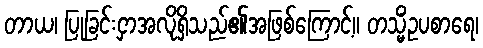
တာယ၊ ပြုခြင်းငှာအလိုရှိသည်၏အဖြစ်ကြောင့်။ တသ္မိံဥပစာရေ၊